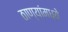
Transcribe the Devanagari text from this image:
ठाण्यांमध्ये